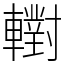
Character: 轛